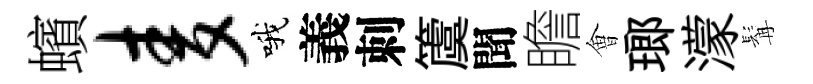
蠙麦哦義刺𥵂聞瞻㑹瑯濛髯